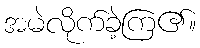
အမဲလိုက်ခဲ့ကြ၏။